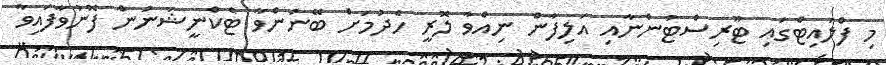
މި ފްލައިޓްގައި ޓޫރިސްޓުންނާއި އަލިފާން ނިއްވާ ލޮރީ ހެދުމަށް ބޭނުންވާ ޓެކްނީޝަނުން ފޮނުވާފައިވާ